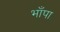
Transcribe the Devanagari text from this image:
भाँपा